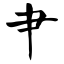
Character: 肀